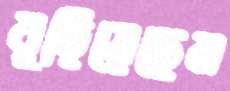
বুড়িয়েছেন